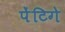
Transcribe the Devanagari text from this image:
पेंटिगे